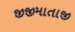
જીજીમાતાજી